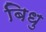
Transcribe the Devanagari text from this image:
बिधु